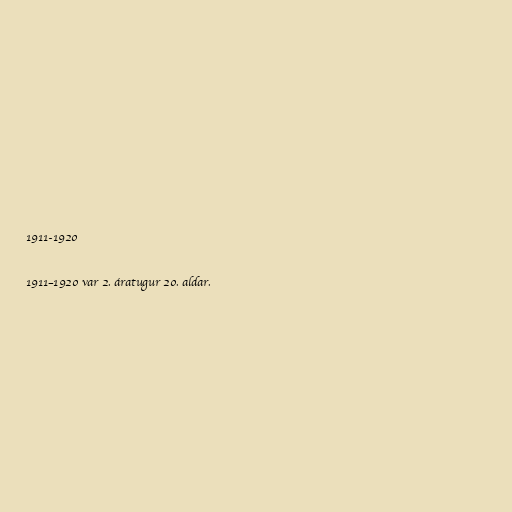
1911-1920

1911–1920 var 2. áratugur 20. aldar.